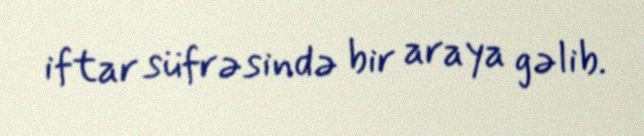
iftar süfrəsində bir araya gəlib.